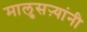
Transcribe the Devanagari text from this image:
मालुसऱ्यांनी